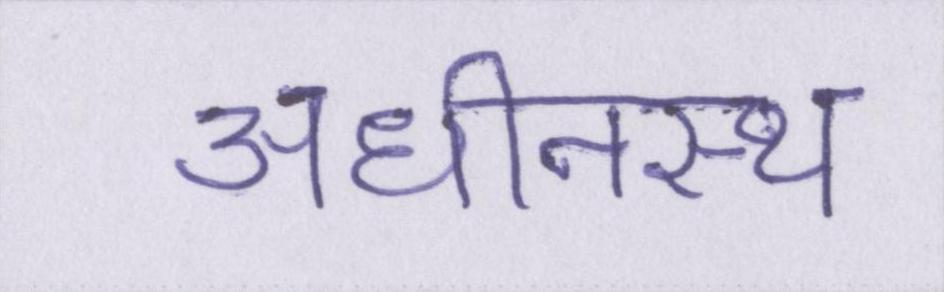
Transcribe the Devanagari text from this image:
अधीनस्थ